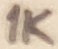
Text: 1K